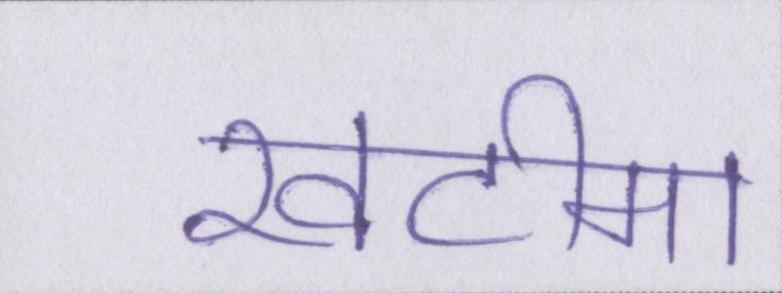
खटीमा